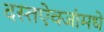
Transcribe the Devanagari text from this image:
दस्तऐवजांमधे